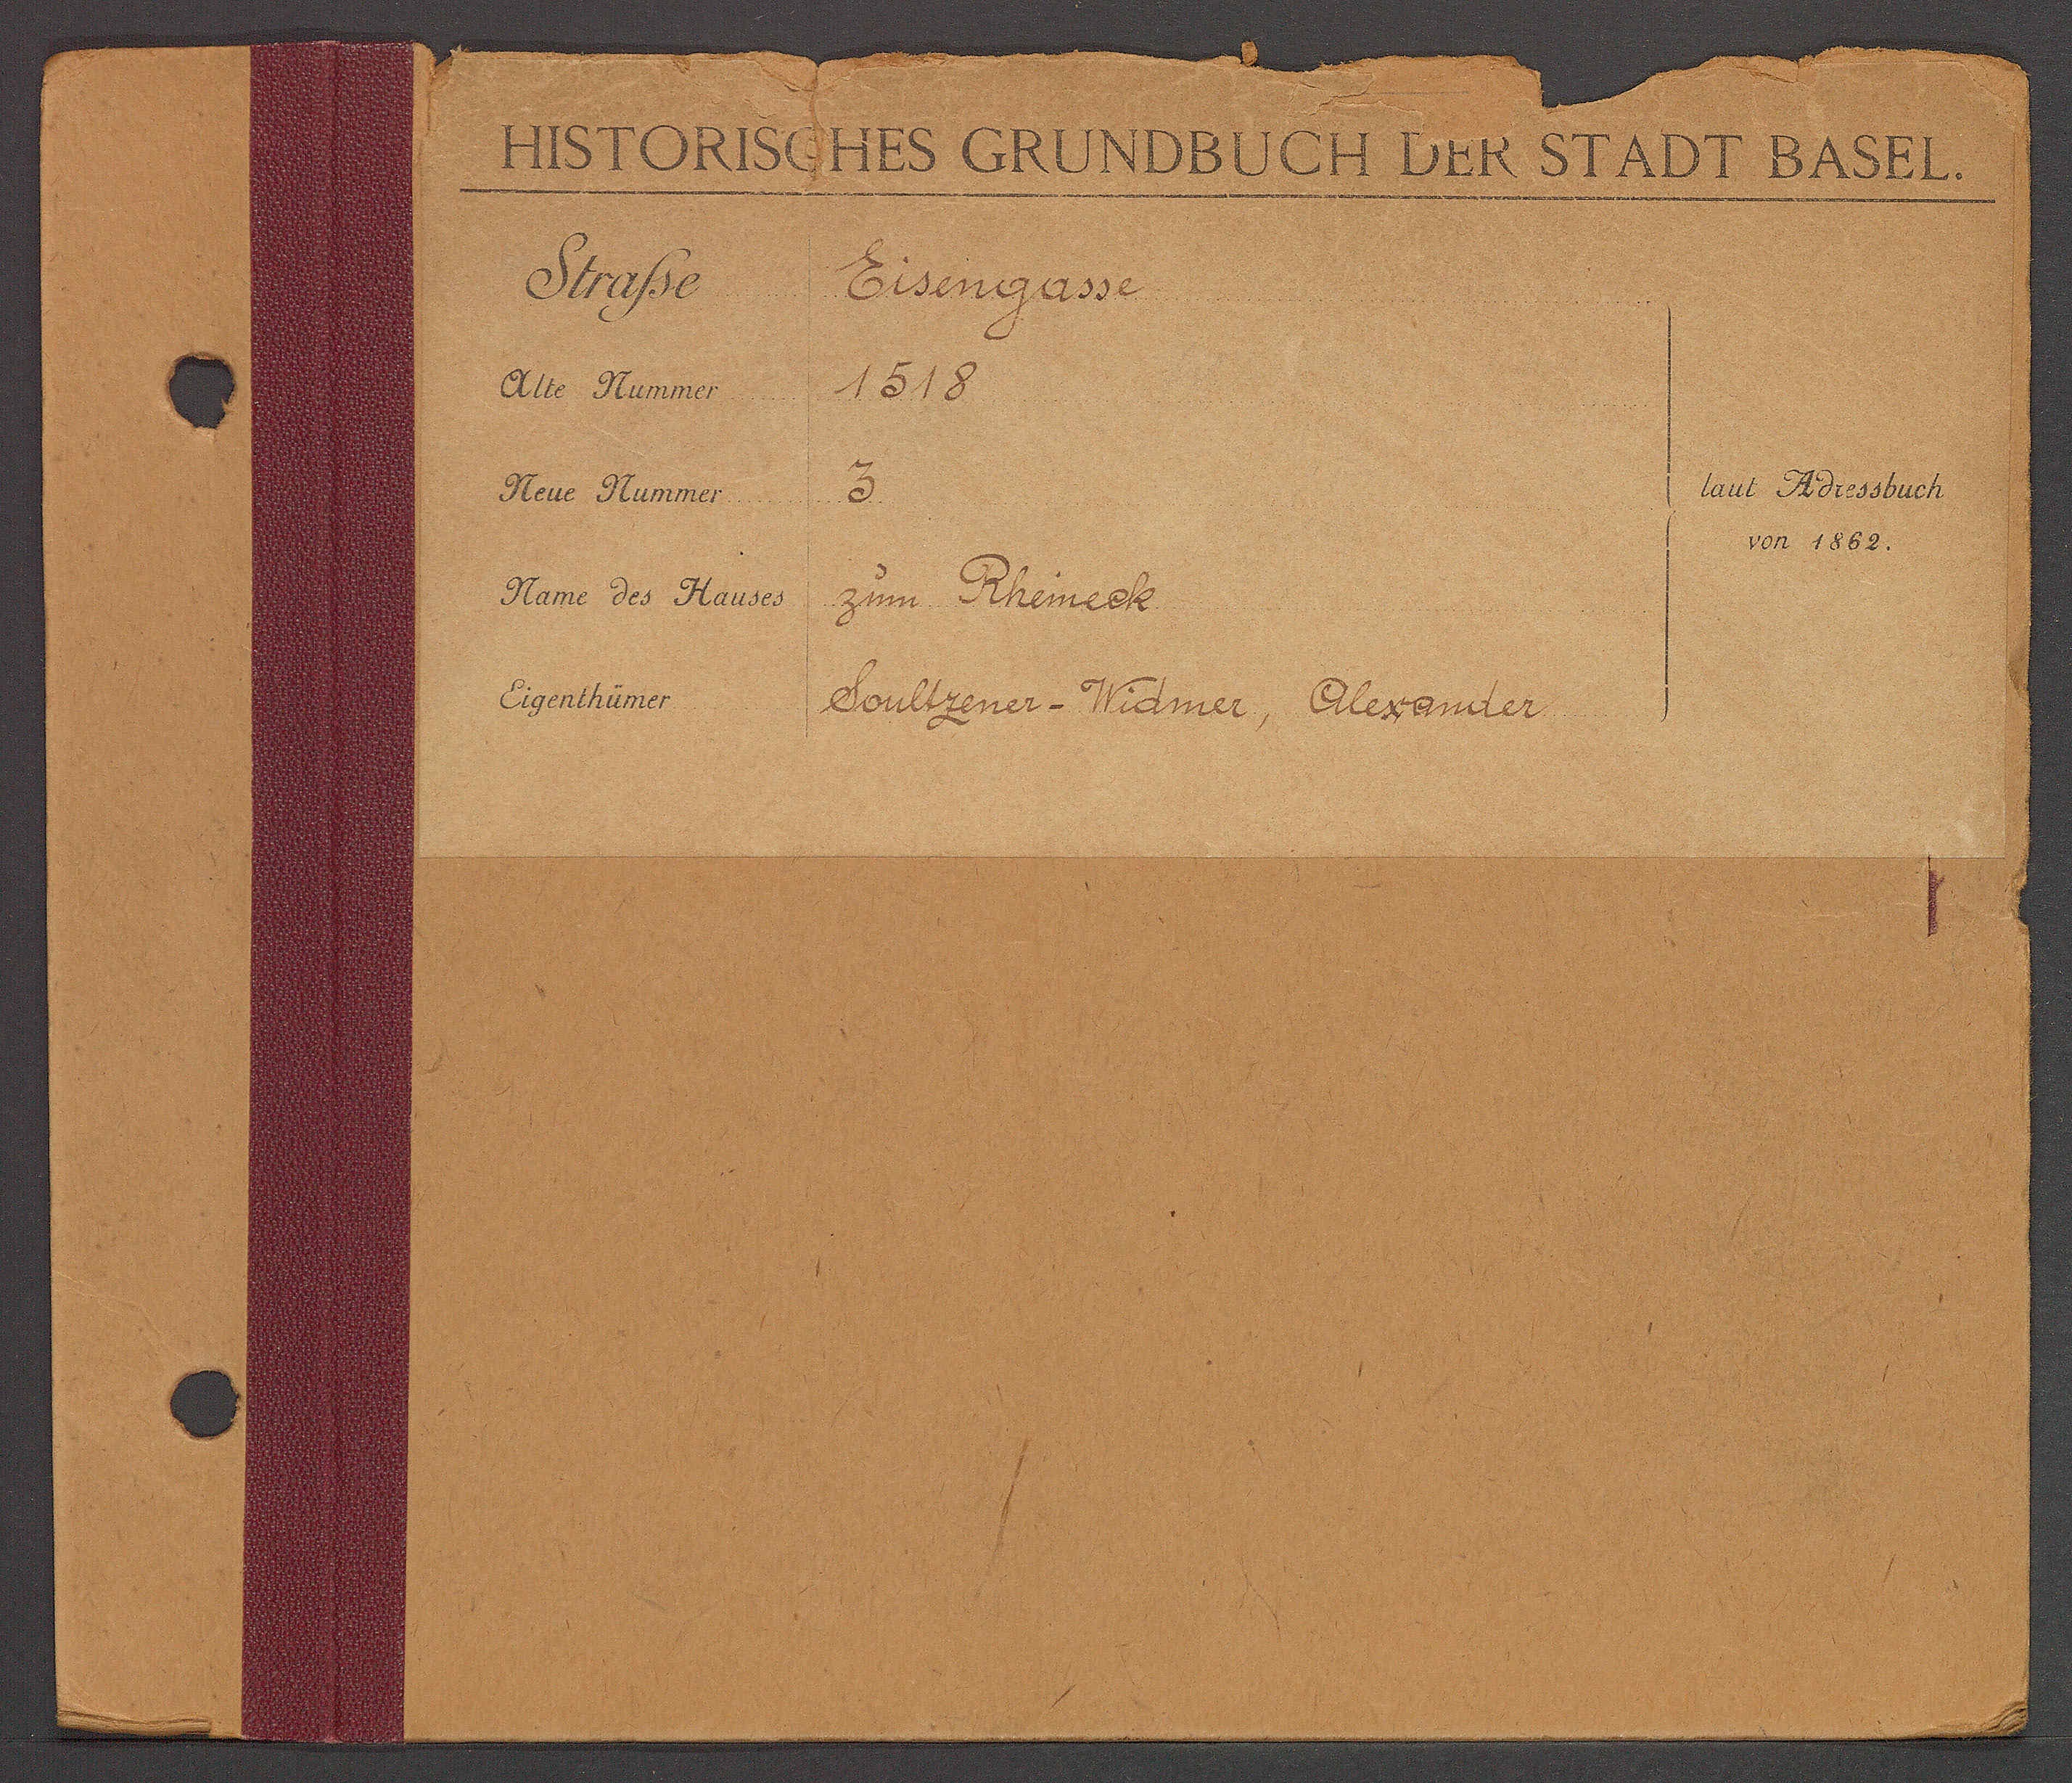
Transcript:
Eisengasse
1518
3
Zum Rheineck
Soultzener-Widmer, Alexander